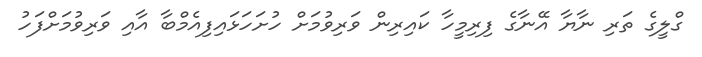
ގްލީގެ ތަރި ނާޔާ އޭނާގެ ފިރިމީހާ ކައިރިން ވަރިވުމަށް ހުށަހަޅައިފިއެމްބާ އާއި ވަރިވުމަށްފަހު